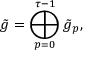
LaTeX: \tilde { g } = \bigoplus _ { p = 0 } ^ { \tau - 1 } \tilde { g } _ { p } ,